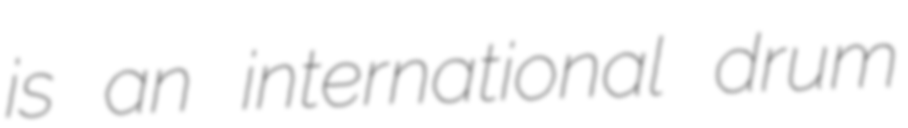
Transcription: is an international drum